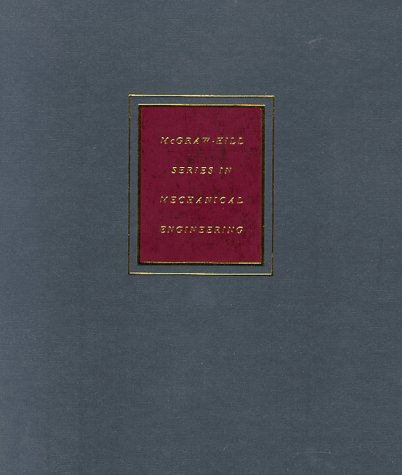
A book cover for Mechanical Engineering Design (McGraw-Hill Mechanical Engineering); Jospeh E. Shigley; Engineering & Transportation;